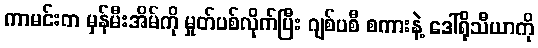
ကာမင်းက မှန်မီးအိမ်ကို မှုတ်ပစ်လိုက်ပြီး ဂျစ်ပစီ စကားနဲ့ ဒေါ်ရိုသီယာကို